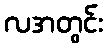
လအတွင်း